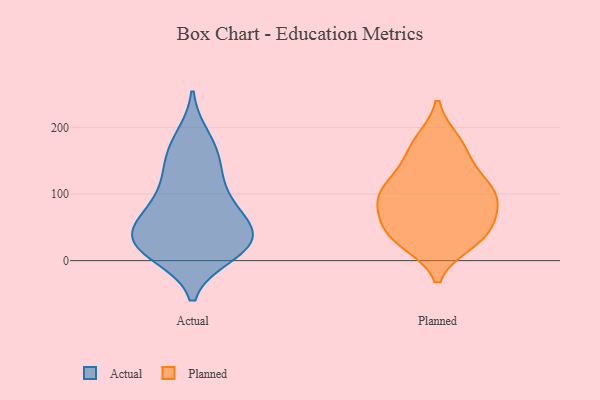
{"axis": {"x": "Active Users", "y": "Value"}, "legend": ["Actual", "Planned"], "data": [{"x": "", "y": 68, "type": "Actual"}, {"x": "", "y": 169, "type": "Actual"}, {"x": "", "y": 135, "type": "Actual"}, {"x": "", "y": 10, "type": "Actual"}, {"x": "", "y": 18, "type": "Actual"}, {"x": "", "y": 69, "type": "Actual"}, {"x": "", "y": 40, "type": "Actual"}, {"x": "", "y": 88, "type": "Actual"}, {"x": "", "y": 26, "type": "Actual"}, {"x": "", "y": 104, "type": "Actual"}, {"x": "", "y": 50, "type": "Actual"}, {"x": "", "y": 20, "type": "Actual"}, {"x": "", "y": 144, "type": "Actual"}, {"x": "", "y": 34, "type": "Actual"}, {"x": "", "y": 24, "type": "Actual"}, {"x": "", "y": 184, "type": "Actual"}, {"x": "", "y": 55, "type": "Planned"}, {"x": "", "y": 155, "type": "Planned"}, {"x": "", "y": 110, "type": "Planned"}, {"x": "", "y": 179, "type": "Planned"}, {"x": "", "y": 96, "type": "Planned"}, {"x": "", "y": 177, "type": "Planned"}, {"x": "", "y": 40, "type": "Planned"}, {"x": "", "y": 106, "type": "Planned"}, {"x": "", "y": 81, "type": "Planned"}, {"x": "", "y": 62, "type": "Planned"}, {"x": "", "y": 99, "type": "Planned"}, {"x": "", "y": 37, "type": "Planned"}, {"x": "", "y": 30, "type": "Planned"}, {"x": "", "y": 133, "type": "Planned"}, {"x": "", "y": 95, "type": "Planned"}, {"x": "", "y": 28, "type": "Planned"}]}